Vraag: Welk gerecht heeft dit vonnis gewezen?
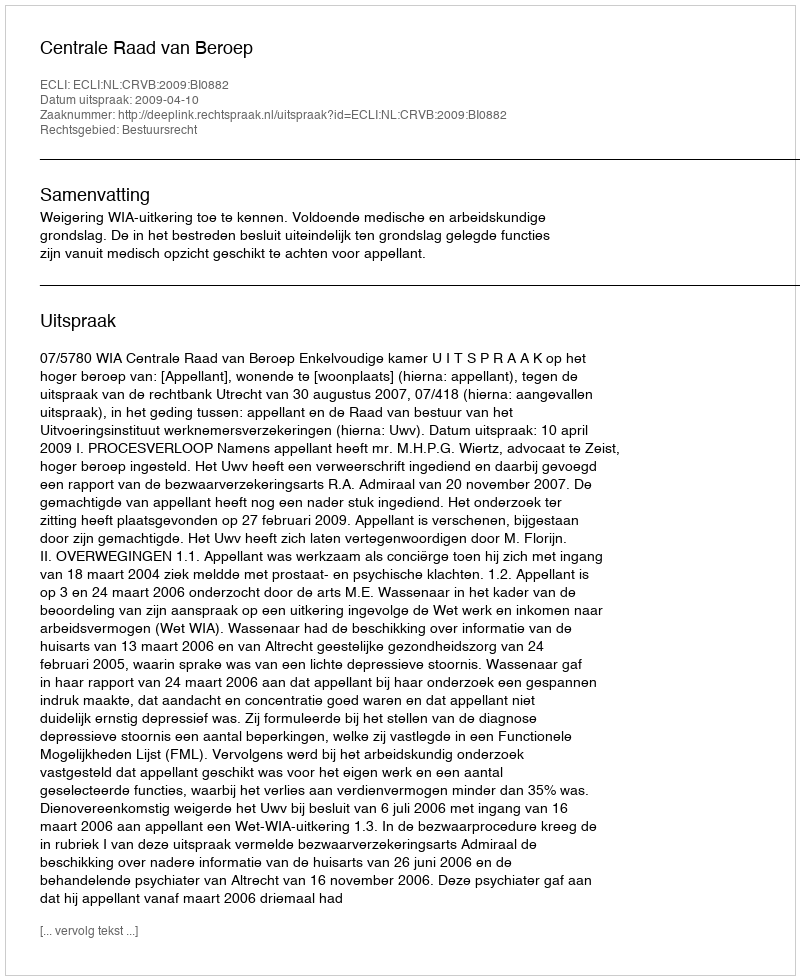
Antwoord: Centrale Raad van Beroep